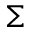
\Sigma